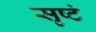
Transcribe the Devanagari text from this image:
सृष्टं